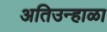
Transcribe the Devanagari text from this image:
अतिउन्हाळा